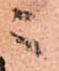
ニ